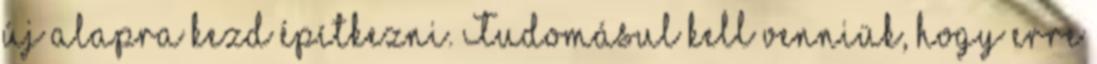
új alapra kezd építkezni. Tudomásul kell venniük, hogy erre